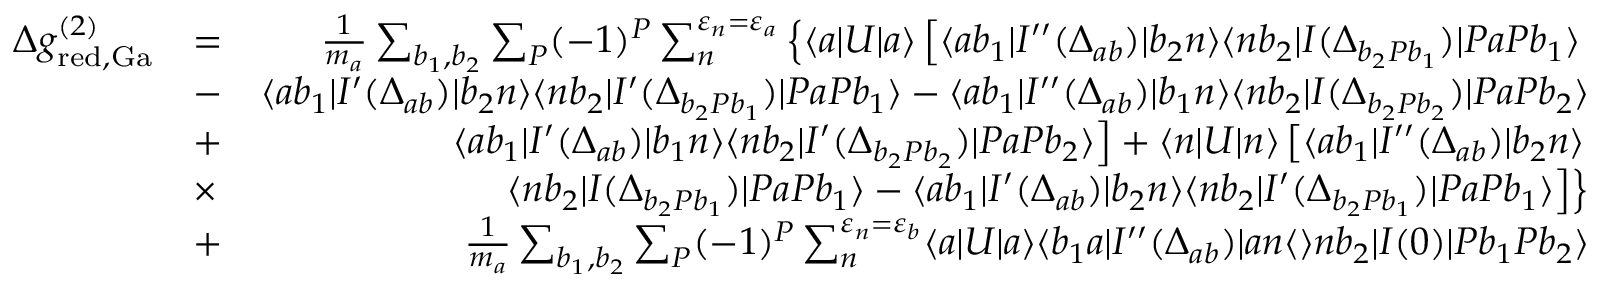
\begin{array} { r l r } { \Delta g _ { \mathrm { r e d , G a } } ^ { ( 2 ) } } & { = } & { \frac { 1 } { m _ { a } } \sum _ { b _ { 1 } , b _ { 2 } } \sum _ { P } ( - 1 ) ^ { P } \sum _ { n } ^ { \varepsilon _ { n } = \varepsilon _ { a } } \left\{ \langle a | U | a \rangle \left[ \langle a b _ { 1 } | I ^ { \prime \prime } ( \Delta _ { a b } ) | b _ { 2 } n \rangle \langle n b _ { 2 } | I ( \Delta _ { b _ { 2 } P b _ { 1 } } ) | P a P b _ { 1 } \rangle \right. \right. } \\ & { - } & { \langle a b _ { 1 } | I ^ { \prime } ( \Delta _ { a b } ) | b _ { 2 } n \rangle \langle n b _ { 2 } | I ^ { \prime } ( \Delta _ { b _ { 2 } P b _ { 1 } } ) | P a P b _ { 1 } \rangle - \langle a b _ { 1 } | I ^ { \prime \prime } ( \Delta _ { a b } ) | b _ { 1 } n \rangle \langle n b _ { 2 } | I ( \Delta _ { b _ { 2 } P b _ { 2 } } ) | P a P b _ { 2 } \rangle } \\ & { + } & { \left. \langle a b _ { 1 } | I ^ { \prime } ( \Delta _ { a b } ) | b _ { 1 } n \rangle \langle n b _ { 2 } | I ^ { \prime } ( \Delta _ { b _ { 2 } P b _ { 2 } } ) | P a P b _ { 2 } \rangle \right] + \langle n | U | n \rangle \left[ \langle a b _ { 1 } | I ^ { \prime \prime } ( \Delta _ { a b } ) | b _ { 2 } n \rangle \right. } \\ & { \times } & { \left. \left. \langle n b _ { 2 } | I ( \Delta _ { b _ { 2 } P b _ { 1 } } ) | P a P b _ { 1 } \rangle - \langle a b _ { 1 } | I ^ { \prime } ( \Delta _ { a b } ) | b _ { 2 } n \rangle \langle n b _ { 2 } | I ^ { \prime } ( \Delta _ { b _ { 2 } P b _ { 1 } } ) | P a P b _ { 1 } \rangle \right] \right\} } \\ & { + } & { \frac { 1 } { m _ { a } } \sum _ { b _ { 1 } , b _ { 2 } } \sum _ { P } ( - 1 ) ^ { P } \sum _ { n } ^ { \varepsilon _ { n } = \varepsilon _ { b } } \langle a | U | a \rangle \langle b _ { 1 } a | I ^ { \prime \prime } ( \Delta _ { a b } ) | a n \langle \rangle n b _ { 2 } | I ( 0 ) | P b _ { 1 } P b _ { 2 } \rangle } \end{array}